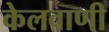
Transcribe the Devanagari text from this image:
केलवाणी